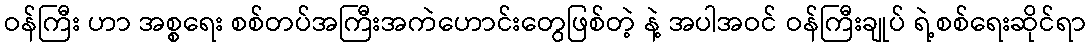
ဝန်ကြီး ဟာ အစ္စရေး စစ်တပ်အကြီးအကဲဟောင်းတွေဖြစ်တဲ့ နဲ့ အပါအဝင် ဝန်ကြီးချုပ် ရဲ့စစ်ရေးဆိုင်ရာ